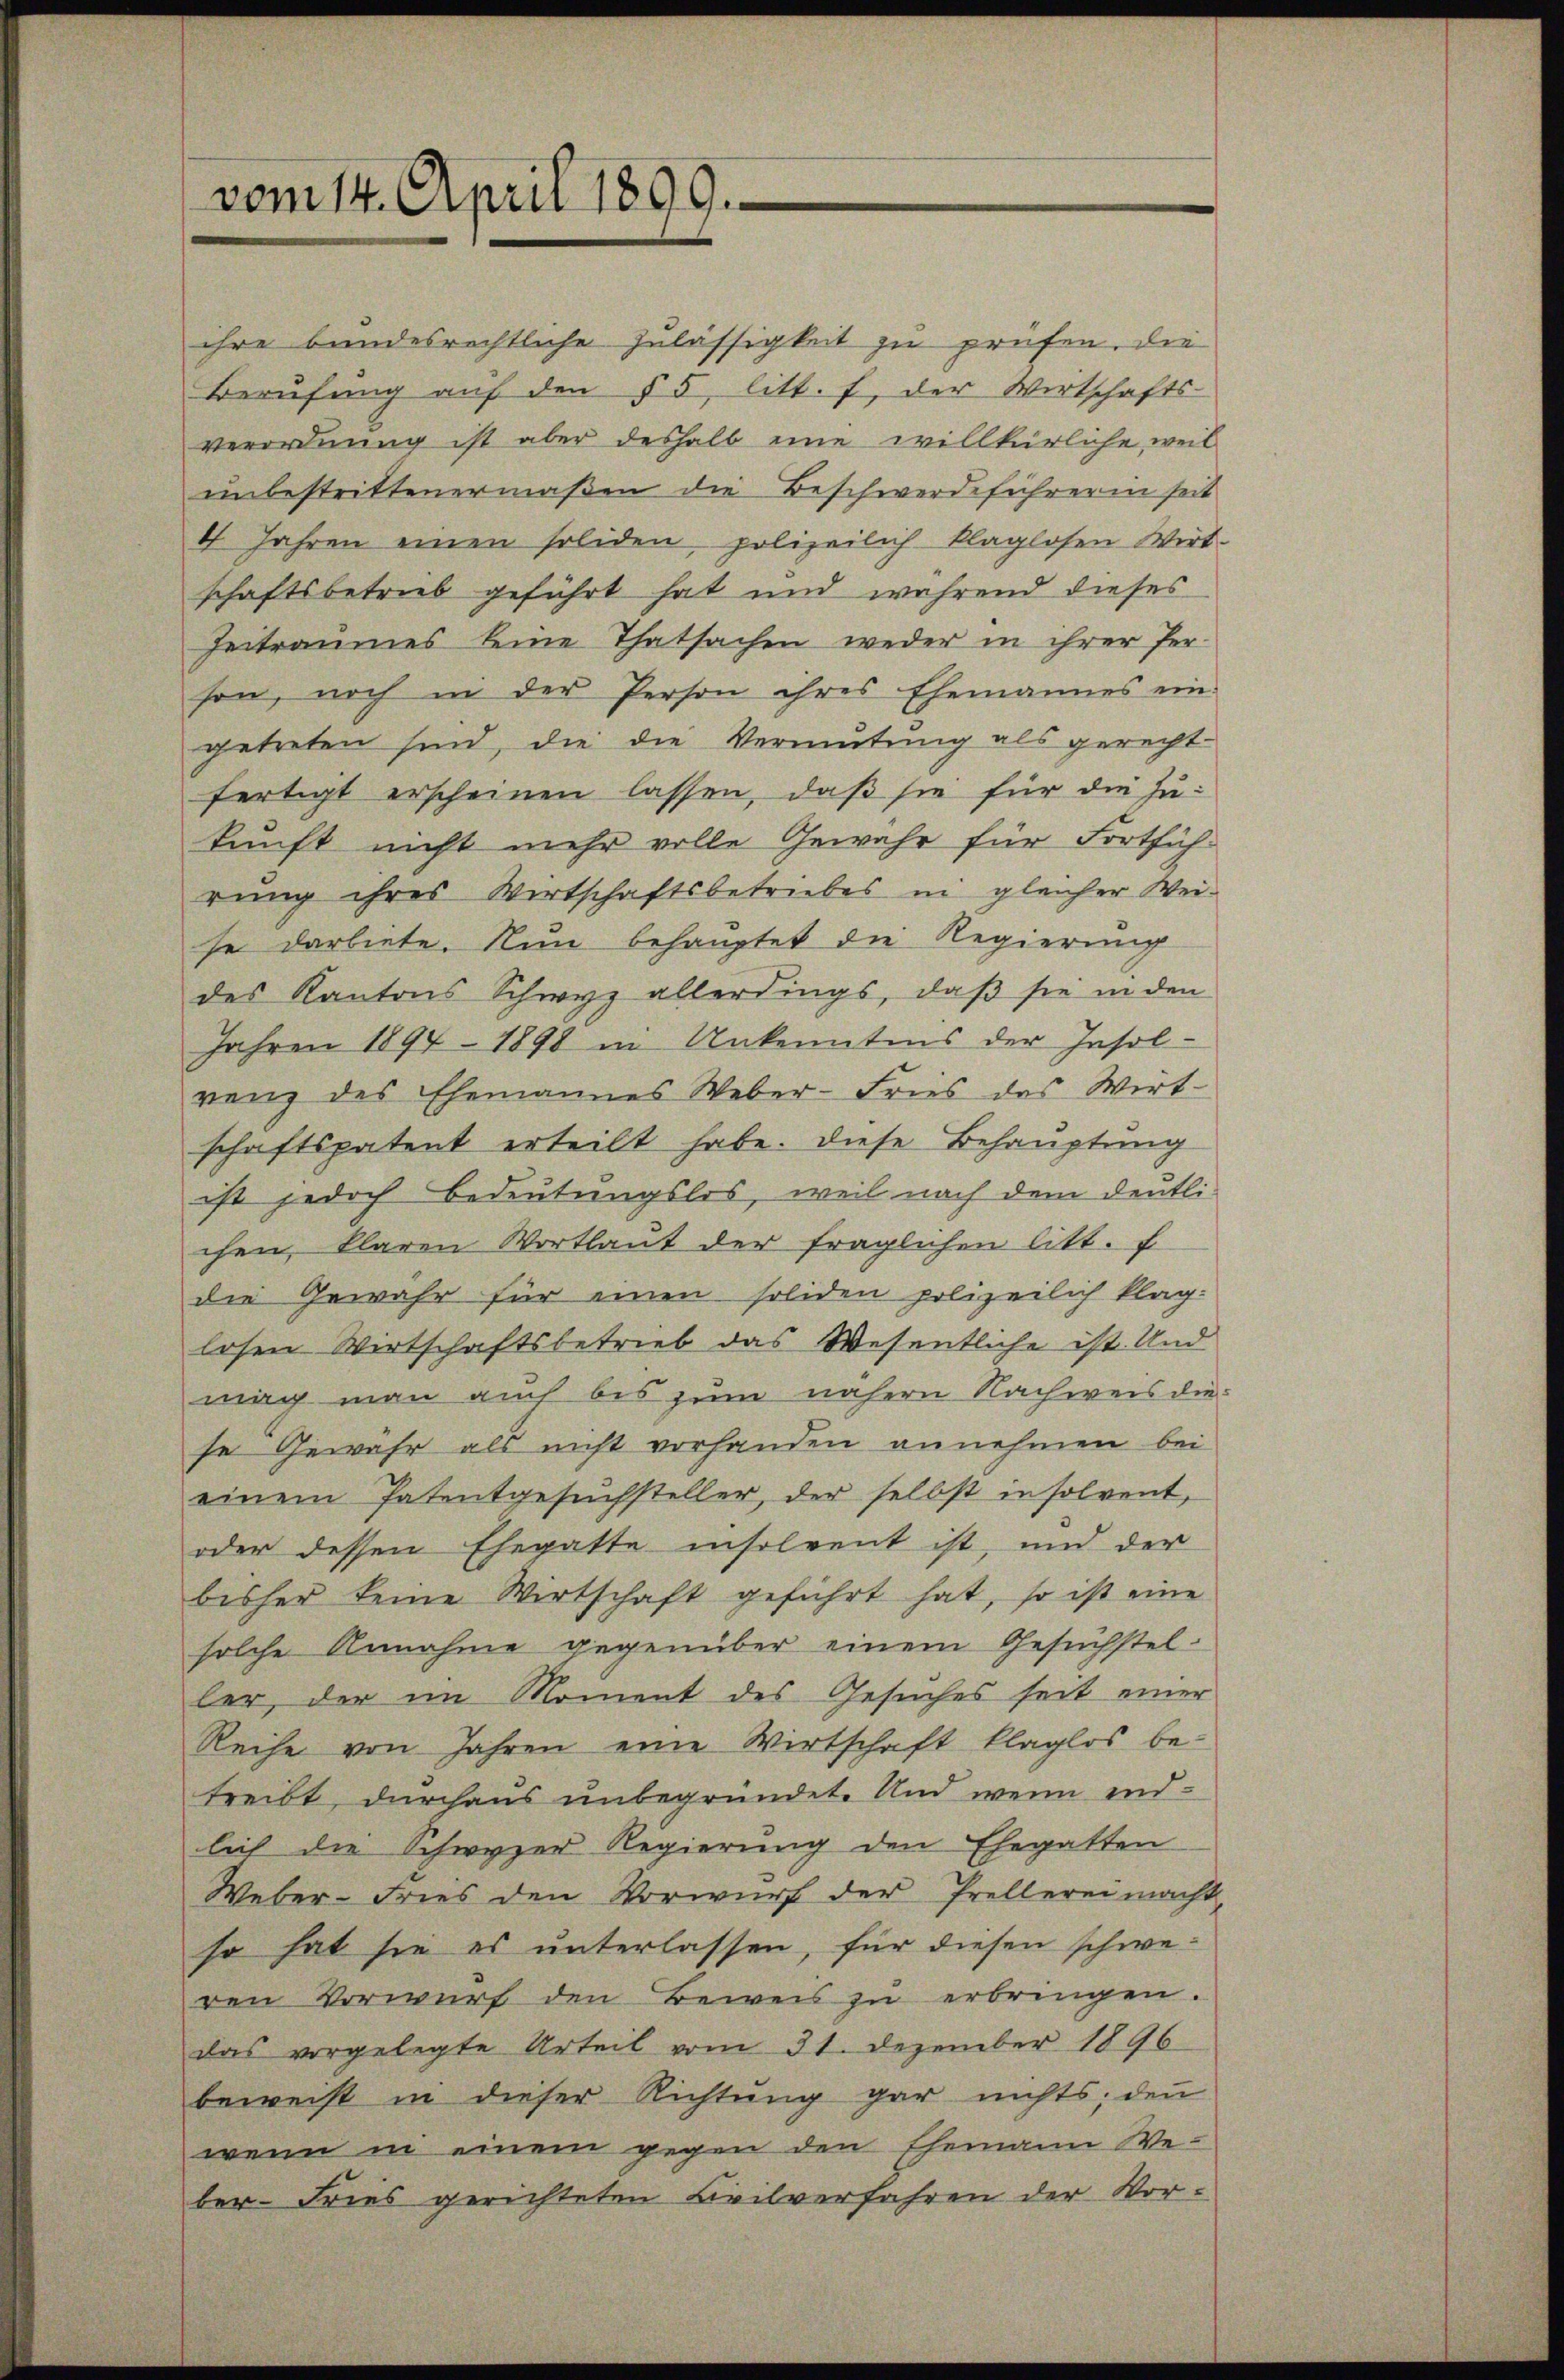
vom 14. April 1899.

ihre bundesrechtliche Zulässigkeit zu prüfen, die
Berŭfŭng aŭf den § 5 litt. f, der Wirtschafts-
verordnung ist aber deshalb eine willkürliche weil
unbestrittenermaßen die Beschwerdeführerin seit
4 Jahren einen soliden, polizeilich klaglosen Wirt
schaftsbetrieb geführt hat und während dieses
Zeitraumes keine Thatsachen weder in ihrer Per-
son, noch in der Person ihres Ehemannes ein:
getreten sind, die die Vermutung als gerecht-
fertigt erscheinen lassen, daß sie für die Zukunft nicht mehr volle Gewähr für Fortführung ihres Wirtschaftsbetriebes in gleicher Weise darbiete. Nun behauptet die Regierung
des Kantons Schwyz allerdings, daß sie in den
Jahren 1894 – 1898 in Unkenntnis der Insol-
venz des Ehemannes Weber-Fries des Wirt-
schaftspatent erteilt habe. Diese Behauptung
ist jedoch Bedeutungslos, weil nach dem deutli-
chen klaren Wortlaut der fraglichen litt. E
die Gewähr für einen soliden polizeilich klag-
losen Wirtschaftsbetrieb das Wesentliche ist. Und
mag man auch bis zum nähern Nachweis die
se Gewahr als nicht vorhanden annehmen bei
einem Patentgesuchsteller, der selbst in solvent,
oder dessen Ehegatte insolvent ist, und der
bisher keine Wirtschaft geführt hat, so ist eine
solche Annahme gegenüber einem Gesuchsteller, der im Moment des Gesuches seit einer
Reihe von Jahren eine Wirtschaft klaglos be-
treibt, durchaus unbegründet. Und wenn endlich die Schwyzer Regierung den Ehegatten
Weber-Fries den Vorwurf der Prellerei macht,
so hat sie es unterlassen, für diesen schweren Vorwurf den Beweis zu erbringen.
das vorgelegte Urteil vom 31. Dezember 1896
beweist in dieser Richtung gar nichts; denn
wenn in einem gegen den Ehemann Weber-Fries gerichteten Civilverfahren der Vor¬